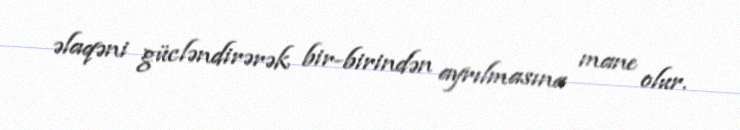
əlaqəni gücləndirərək bir-birindən ayrılmasına mane olur.